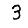
Digit: 3